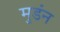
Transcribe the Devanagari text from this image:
मुडंन